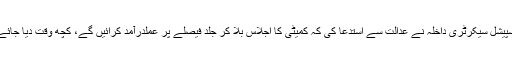
اسپیشل سیکرٹری داخلہ نے عدالت سے استدعا کی کہ کمیٹی کا اجلاس بلا کر جلد فیصلے پر عملدرآمد کرائیں گے، کچھ وقت دیا جائے۔